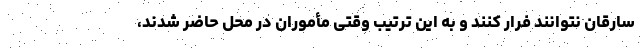
سارقان نتوانند فرار کنند و به این ترتیب وقتی مأموران در محل حاضر شدند،